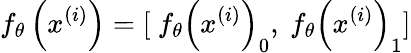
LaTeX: f_{\theta}\left(x^{(i)}\right)=[\ f_{\theta}\left(x^{\left(i\right)}\right)_{0},\ f_{\theta}\left(x^{\left(i\right)}\right)_{1}]